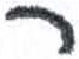
אות: ר